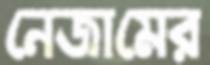
নেজামের